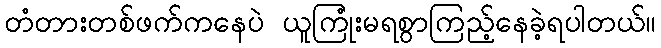
တံတားတစ်ဖက်ကနေပဲ ယူကြုံးမရစွာကြည့်နေခဲ့ရပါတယ်။